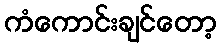
ကံကောင်းချင်တော့